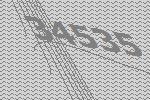
34535